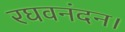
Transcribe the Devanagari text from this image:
रघवनंदन।